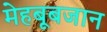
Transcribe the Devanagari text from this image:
मेहबूबजान